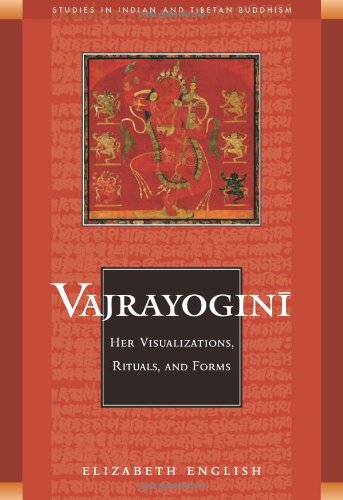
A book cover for Vajrayogini: Her Visualization, Rituals, and Forms (Studies in Indian and Tibetan Buddhism); Elizabeth English; Religion & Spirituality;